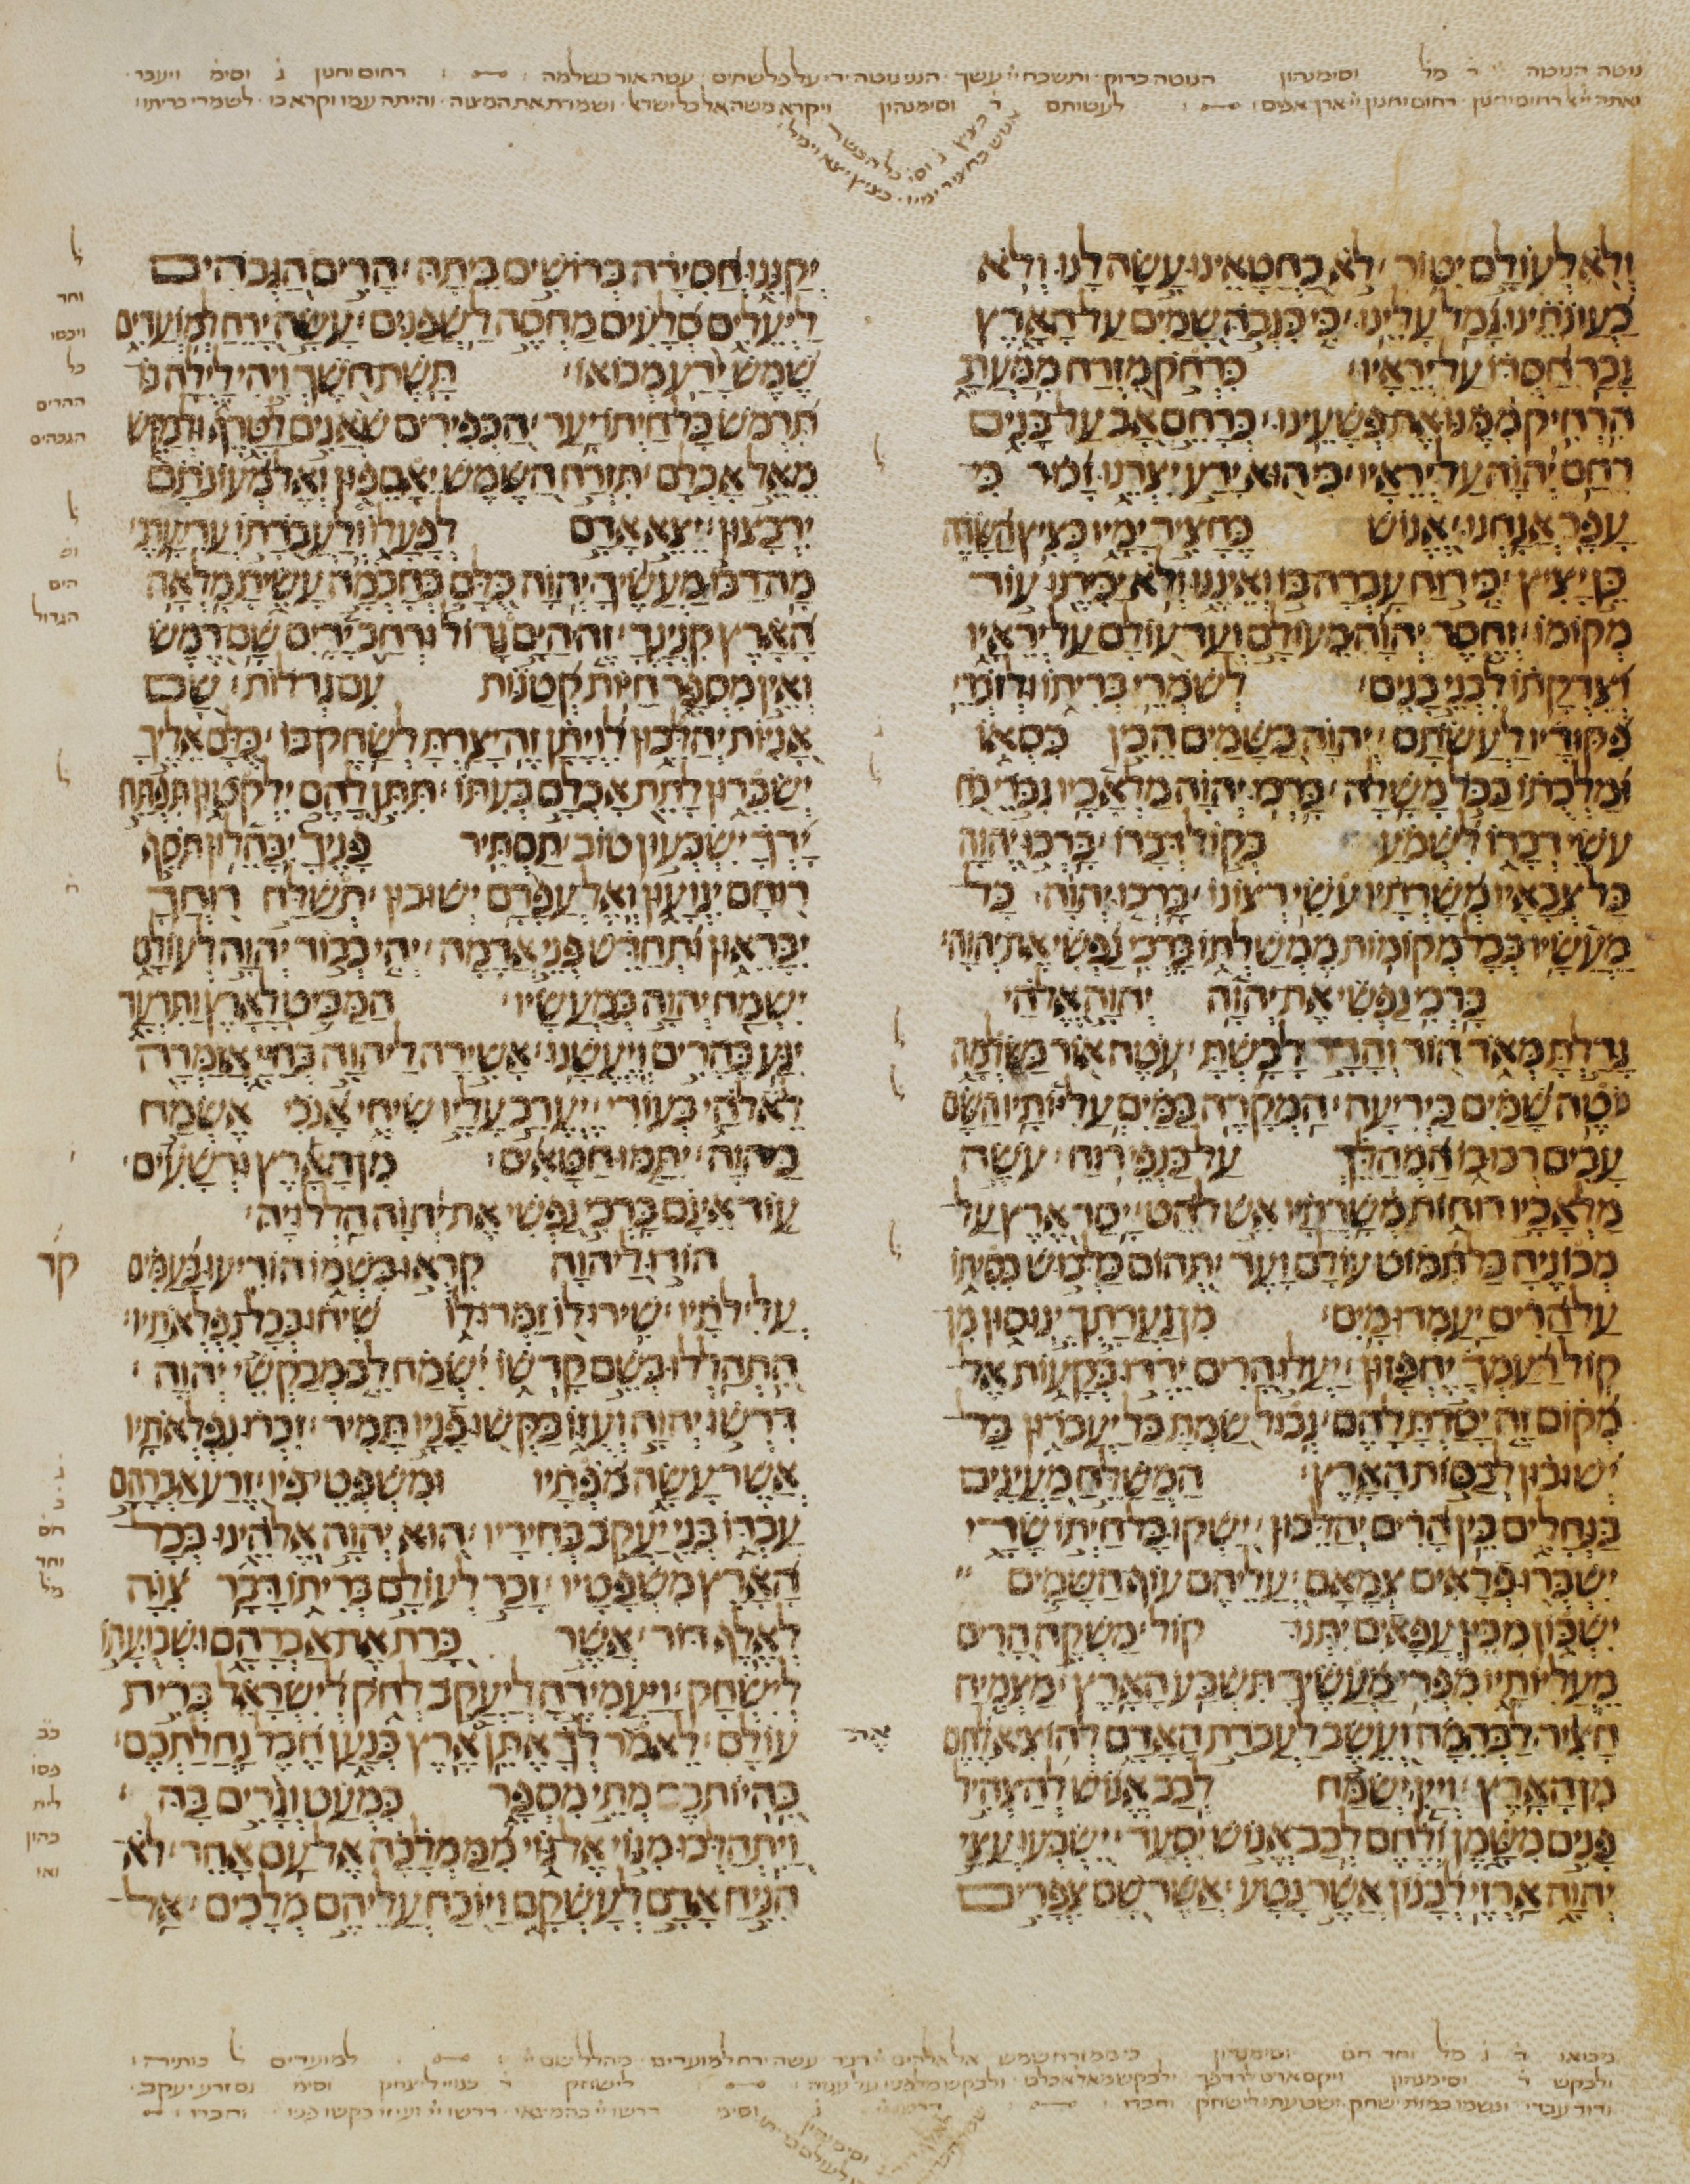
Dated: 1200–1299